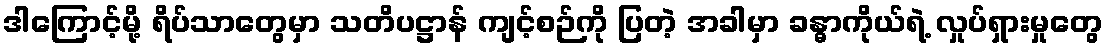
ဒါကြောင့်မို့ ရိပ်သာတွေမှာ သတိပဋ္ဌာန် ကျင့်စဉ်ကို ပြတဲ့ အခါမှာ ခန္ဓာကိုယ်ရဲ့ လှုပ်ရှားမှုတွေ